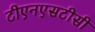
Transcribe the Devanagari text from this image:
टीएनएसटीसी